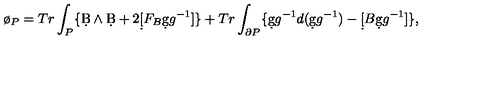
\o _ { P } = T r \int _ { P } \{ \d B \wedge \d B + 2 \d [ F _ { B } \d g g ^ { - 1 } ] \} + T r \int _ { \partial P } \{ \d g g ^ { - 1 } d ( \d g g ^ { - 1 } ) - \d [ B \d g g ^ { - 1 } ] \} ,